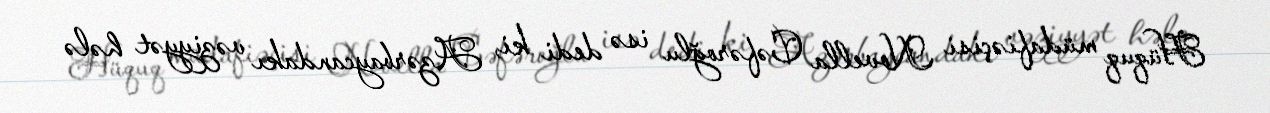
Hüquq müdafiəçisi Novella Cəfəroğlu isə dedi ki, Azərbaycandakı vəziyyət hələ